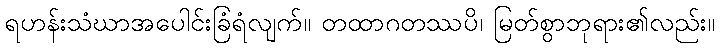
ရဟန်းသံဃာအပေါင်းခြံရံလျက်။ တထာဂတဿပိ၊ မြတ်စွာဘုရား၏လည်း။